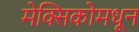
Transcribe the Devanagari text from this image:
मेक्सिकोमधून